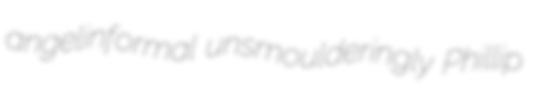
angelinformal unsmoulderingly Phillip